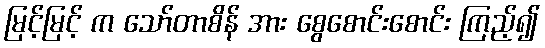
မြင့်မြင့် က သော်တာစိန် အား စွေစောင်းစောင်း ကြည့်၍